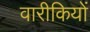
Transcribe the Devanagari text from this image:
वारीकियों